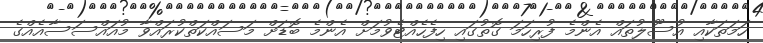
ހަމަތަކާއި އުސޫލުތައް އެންމެ ފުރިހަމަ ގޮތުގައި ހިފެހެއްޓެވުމަށް އެންމެ ބޮޑަށް މަސައްކަތްކުރައްވާ މުއައްސަސާއެއްގެ